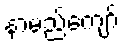
နာမည်ကျော်